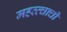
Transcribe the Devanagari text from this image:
महत्त्चाची